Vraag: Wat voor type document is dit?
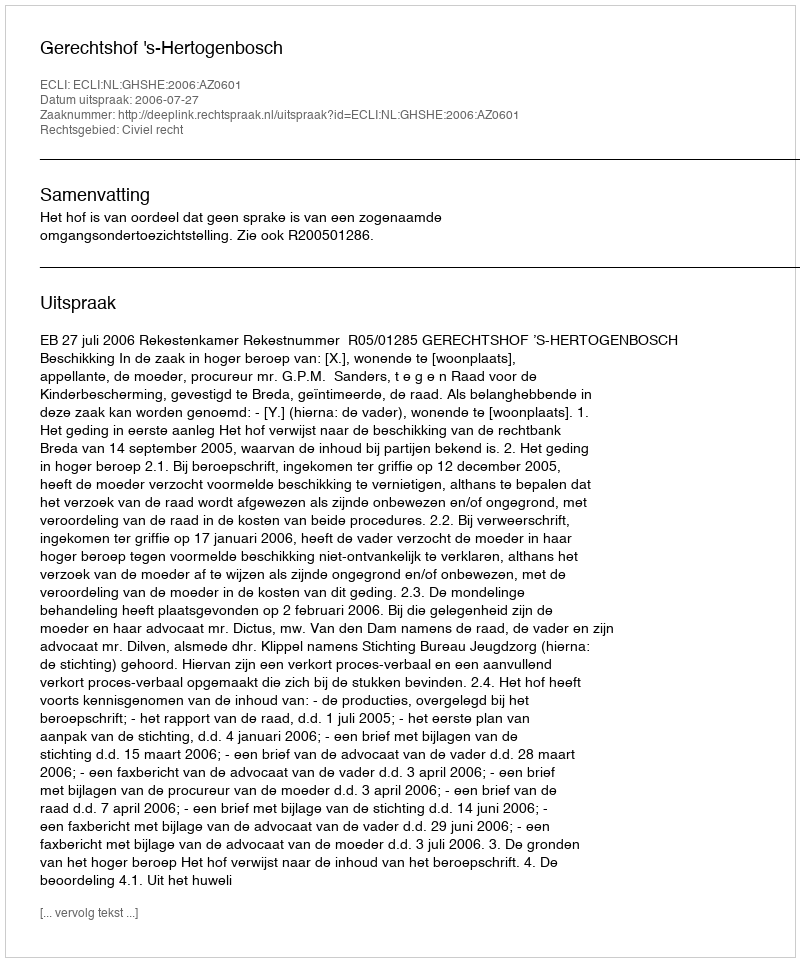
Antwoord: Uitspraak